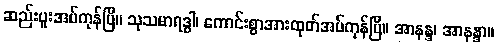
ဆည်းပူးအပ်ကုန်ပြီ။ သုသမာရဒ္ဓါ၊ ကောင်းစွာအားထုတ်အပ်ကုန်ပြီ။ အာနန္ဒ၊ အာနန္ဒာ။